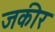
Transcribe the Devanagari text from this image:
जकीर